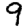
Digit: 9